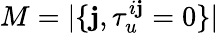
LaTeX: M=|\{ \mathbf{j},\tau_{u}^{i\mathbf{j}}=0\} |